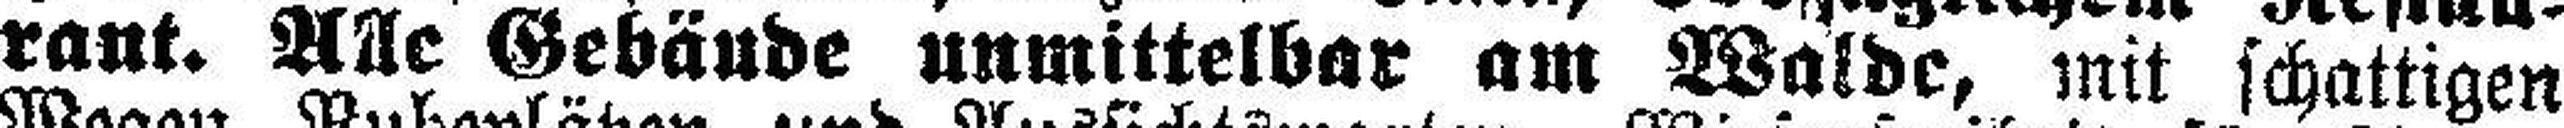
rant. Alle Gebände unmittelbar am Walde, mit schattigen